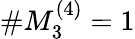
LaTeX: \# M_{3}^{(4)}=1